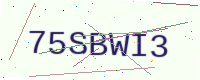
Text: 75SBWI3